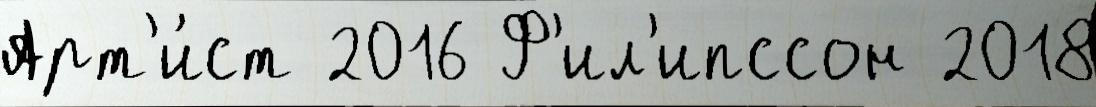
Арт'и́ст 2016 Ф'ил'ипссон 2018